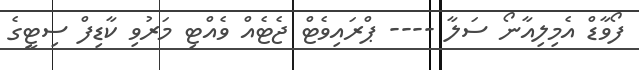
ފޯވާޑް އެމިލިއާނޯ ސަލާ ---- ޕްރައިވެޓް ޖެޓެއް ވެއްޓި މަރުވި ކާޑިފް ސިޓީގެ